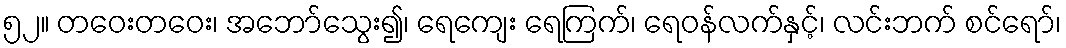
၅၂။ တဝေးတဝေး၊ အဘော်သွေး၍၊ ရေကျေး ရေကြက်၊ ရေဝန်လက်နှင့်၊ လင်းဘက် စင်ရော်၊